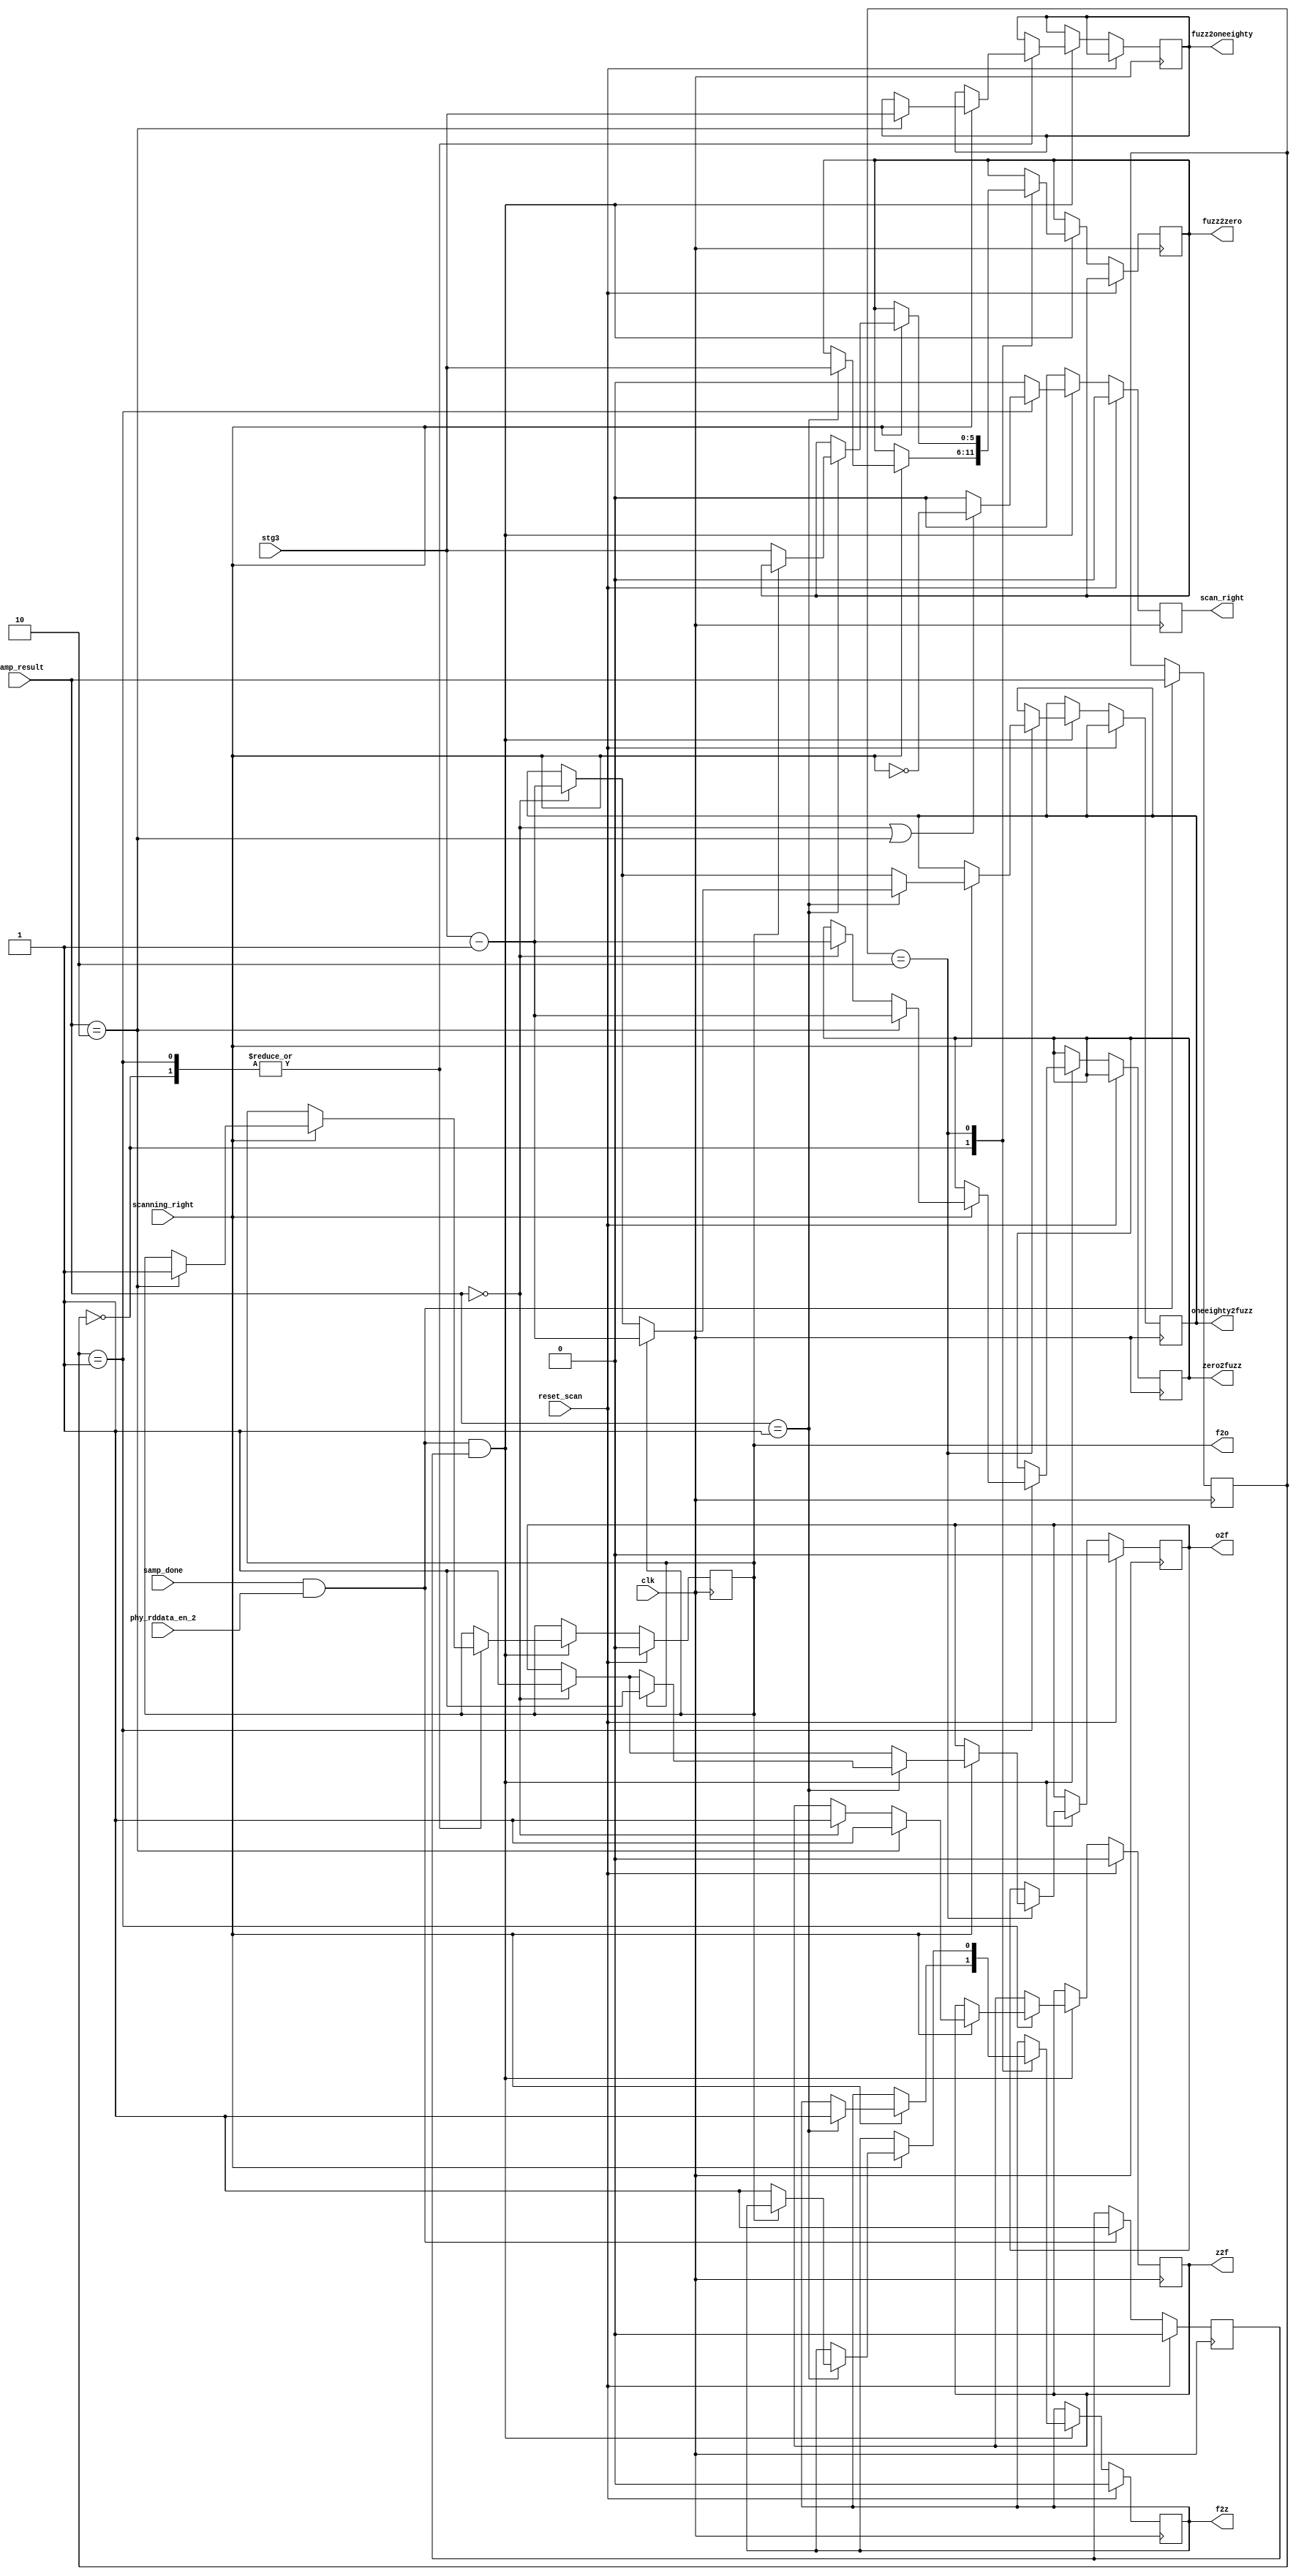
module mig_7series_v2_3_ddr_phy_ocd_edge #
  (parameter TCQ                = 100)
  (
  scan_right, z2f, f2z, o2f, f2o, zero2fuzz, fuzz2zero,
  oneeighty2fuzz, fuzz2oneeighty,
  clk, samp_done, phy_rddata_en_2, reset_scan, scanning_right,
  samp_result, stg3
  );
  localparam [1:0] NULL       = 2'b11,
                   FUZZ       = 2'b00,
                   ONEEIGHTY  = 2'b10,
                   ZERO       = 2'b01;
  input clk;
  input samp_done;
  input phy_rddata_en_2;
  wire samp_valid = samp_done && phy_rddata_en_2;
  input reset_scan;
  input scanning_right;
  reg prev_samp_valid_ns, prev_samp_valid_r;
  always @(posedge clk) prev_samp_valid_r <= #TCQ prev_samp_valid_ns;
  always @(*) begin
    prev_samp_valid_ns = prev_samp_valid_r;
    if (reset_scan) prev_samp_valid_ns = 1'b0;
    else if (samp_valid) prev_samp_valid_ns = 1'b1;
  end
  input [1:0] samp_result;
  reg [1:0] prev_samp_ns, prev_samp_r;
  always @(posedge clk) prev_samp_r <= #TCQ prev_samp_ns;
  always @(*)
    if (samp_valid) prev_samp_ns = samp_result;
    else prev_samp_ns = prev_samp_r;
  reg scan_right_ns, scan_right_r;
  always @(posedge clk) scan_right_r <= #TCQ scan_right_ns;
  output scan_right;
  assign scan_right = scan_right_r;
  input [5:0] stg3;
  reg z2f_ns, z2f_r, f2z_ns, f2z_r, o2f_ns, o2f_r, f2o_ns, f2o_r;
  always @(posedge clk) z2f_r <= #TCQ z2f_ns;
  always @(posedge clk) f2z_r <= #TCQ f2z_ns;
  always @(posedge clk) o2f_r <= #TCQ o2f_ns;
  always @(posedge clk) f2o_r <= #TCQ f2o_ns;
  output z2f, f2z, o2f, f2o;
  assign z2f = z2f_r;
  assign f2z = f2z_r;
  assign o2f = o2f_r;
  assign f2o = f2o_r;
  reg [5:0] zero2fuzz_ns, zero2fuzz_r, fuzz2zero_ns, fuzz2zero_r, 
            oneeighty2fuzz_ns, oneeighty2fuzz_r, fuzz2oneeighty_ns, fuzz2oneeighty_r;
  always @(posedge clk) zero2fuzz_r <= #TCQ zero2fuzz_ns;
  always @(posedge clk) fuzz2zero_r <= #TCQ fuzz2zero_ns;
  always @(posedge clk) oneeighty2fuzz_r <= #TCQ oneeighty2fuzz_ns;
  always @(posedge clk) fuzz2oneeighty_r <= #TCQ fuzz2oneeighty_ns;
  output [5:0] zero2fuzz, fuzz2zero, oneeighty2fuzz, fuzz2oneeighty;
  assign zero2fuzz = zero2fuzz_r;
  assign fuzz2zero = fuzz2zero_r;
  assign oneeighty2fuzz = oneeighty2fuzz_r;
  assign fuzz2oneeighty = fuzz2oneeighty_r;
  always @(*) begin
    z2f_ns = z2f_r;
    f2z_ns = f2z_r;
    o2f_ns = o2f_r;
    f2o_ns = f2o_r;
    zero2fuzz_ns = zero2fuzz_r;
    fuzz2zero_ns = fuzz2zero_r;
    oneeighty2fuzz_ns = oneeighty2fuzz_r;
    fuzz2oneeighty_ns = fuzz2oneeighty_r;
    scan_right_ns = 1'b0;
    if (reset_scan) begin
      z2f_ns = 1'b0;
      f2z_ns = 1'b0;
      o2f_ns = 1'b0;
      f2o_ns = 1'b0;
    end  
    else if (samp_valid && prev_samp_valid_r)
      case (prev_samp_r)
	FUZZ :
	  if (scanning_right) begin
            if (samp_result == ZERO) begin
	      fuzz2zero_ns = stg3;
	      f2z_ns = 1'b1;
	    end
            if (samp_result == ONEEIGHTY) begin
	      fuzz2oneeighty_ns = stg3;
	      f2o_ns = 1'b1;
	    end
	  end
	ZERO : begin
          if (samp_result == FUZZ || samp_result == ONEEIGHTY) scan_right_ns = !scanning_right;
          if (scanning_right) begin
	    if (samp_result == FUZZ) begin
	      zero2fuzz_ns = stg3 - 6'b1;
	      z2f_ns = 1'b1;
	    end
	    if (samp_result == ONEEIGHTY) begin
	      zero2fuzz_ns = stg3 - 6'b1;
	      z2f_ns = 1'b1;
	      fuzz2oneeighty_ns = stg3;
	      f2o_ns = 1'b1;
	    end
	  end
	end
        ONEEIGHTY :
          if (scanning_right) begin
	    if (samp_result == FUZZ) begin
	      oneeighty2fuzz_ns = stg3 - 6'b1;
	      o2f_ns = 1'b1;
	    end 
            if (samp_result == ZERO)
              if (f2o_r) begin
		oneeighty2fuzz_ns = stg3 - 6'b1;
	        o2f_ns = 1'b1;
              end else begin
	        fuzz2zero_ns = stg3;
	        f2z_ns = 1'b1;
	      end
	  end 
      endcase	 
  end
endmodule